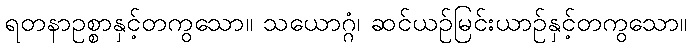
ရတနာဥစ္စာနှင့်တကွသော။ သယောဂ္ဂံ၊ ဆင်ယဉ်မြင်းယာဉ်နှင့်တကွသော။